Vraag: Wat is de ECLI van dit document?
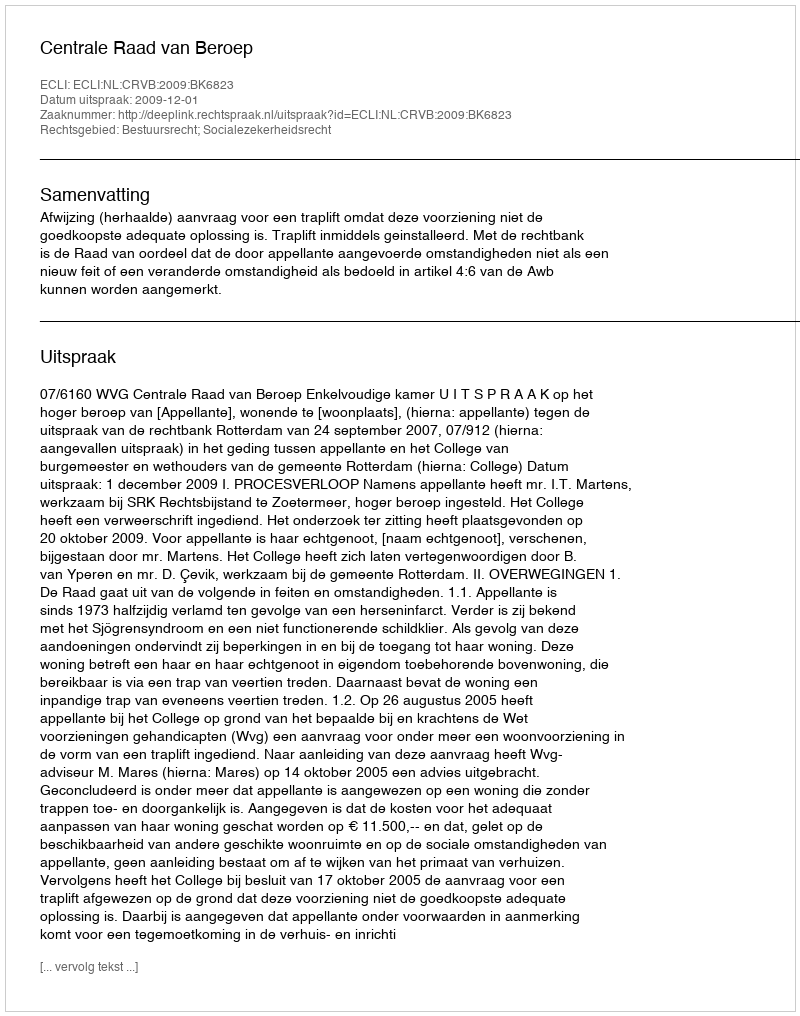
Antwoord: ECLI:NL:CRVB:2009:BK6823